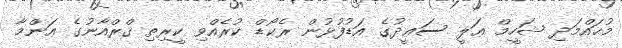
މުޙައްމަދި ޝަހީމް ޢަލީ ސަޢީދުގެ އަޑުފުޅުން ރެކޯޑް ކުރެއްވި ކީރިތި ޤްރްއާނުގެ ޢަންމާ